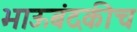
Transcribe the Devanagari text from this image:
भाऊबंदकीच